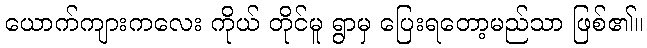
ယောက်ကျားကလေး ကိုယ် တိုင်မူ ရွာမှ ပြေးရတော့မည်သာ ဖြစ်၏။